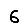
Digit: 6